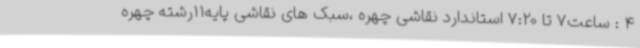
4 : ساعت7 تا 7:20 استاندارد نقاشی چهره ،سبک های نقاشی پایه11رشته چهره